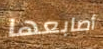
أصابعها